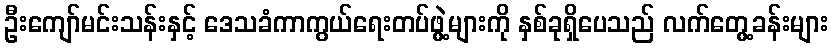
ဦးကျော်မင်းသန်းနှင့် ဒေသခံကာကွယ်ရေးတပ်ဖွဲ့များကို နှစ်ခုရှိပေသည် လက်တွေ့ခန်းများ